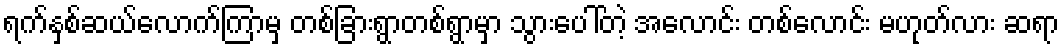
ရက်နှစ်ဆယ်လောက်ကြာမှ တစ်ခြားရွာတစ်ရွာမှာ သွားပေါ်တဲ့ အလောင်း တစ်လောင်း မဟုတ်လား ဆရာ